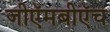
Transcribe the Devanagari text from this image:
जीऍमबीऍच